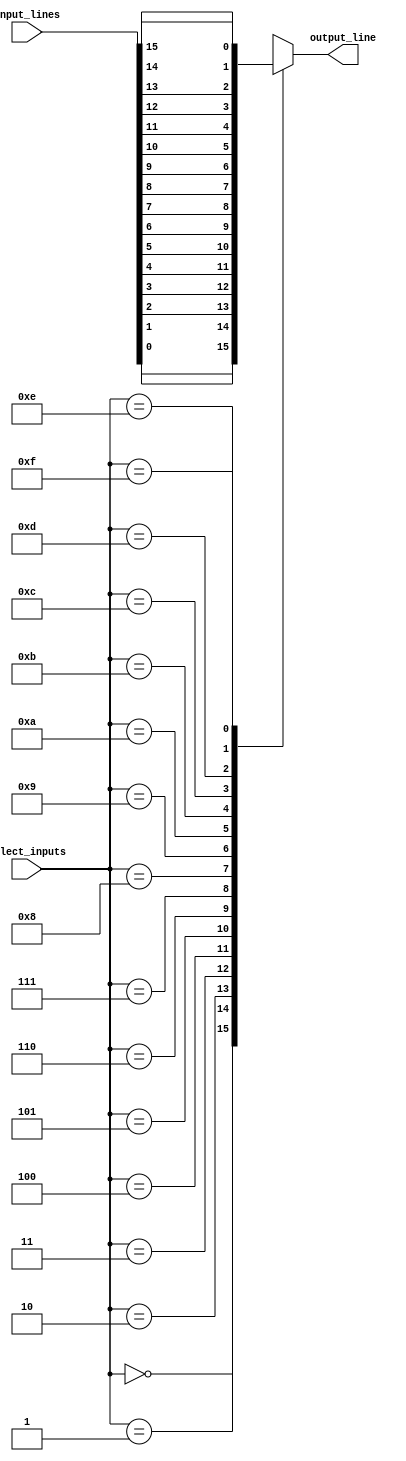
module mux_16to1 (
    input [15:0] input_lines,
    input [3:0] select_inputs,
    output reg output_line
);

always @(*) begin
    case (select_inputs)
        4'b0000: output_line = input_lines[0];
        4'b0001: output_line = input_lines[1];
        4'b0010: output_line = input_lines[2];
        4'b0011: output_line = input_lines[3];
        4'b0100: output_line = input_lines[4];
        4'b0101: output_line = input_lines[5];
        4'b0110: output_line = input_lines[6];
        4'b0111: output_line = input_lines[7];
        4'b1000: output_line = input_lines[8];
        4'b1001: output_line = input_lines[9];
        4'b1010: output_line = input_lines[10];
        4'b1011: output_line = input_lines[11];
        4'b1100: output_line = input_lines[12];
        4'b1101: output_line = input_lines[13];
        4'b1110: output_line = input_lines[14];
        4'b1111: output_line = input_lines[15];
        default: output_line = 1'bx; // output undefined if select inputs are invalid
    endcase
end

endmodule